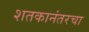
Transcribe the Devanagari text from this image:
शतकानंतरचा